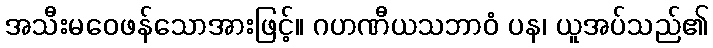
အသီးမဝေဖန်သောအားဖြင့်။ ဂဟဏီယသဘာဝံ ပန၊ ယူအပ်သည်၏